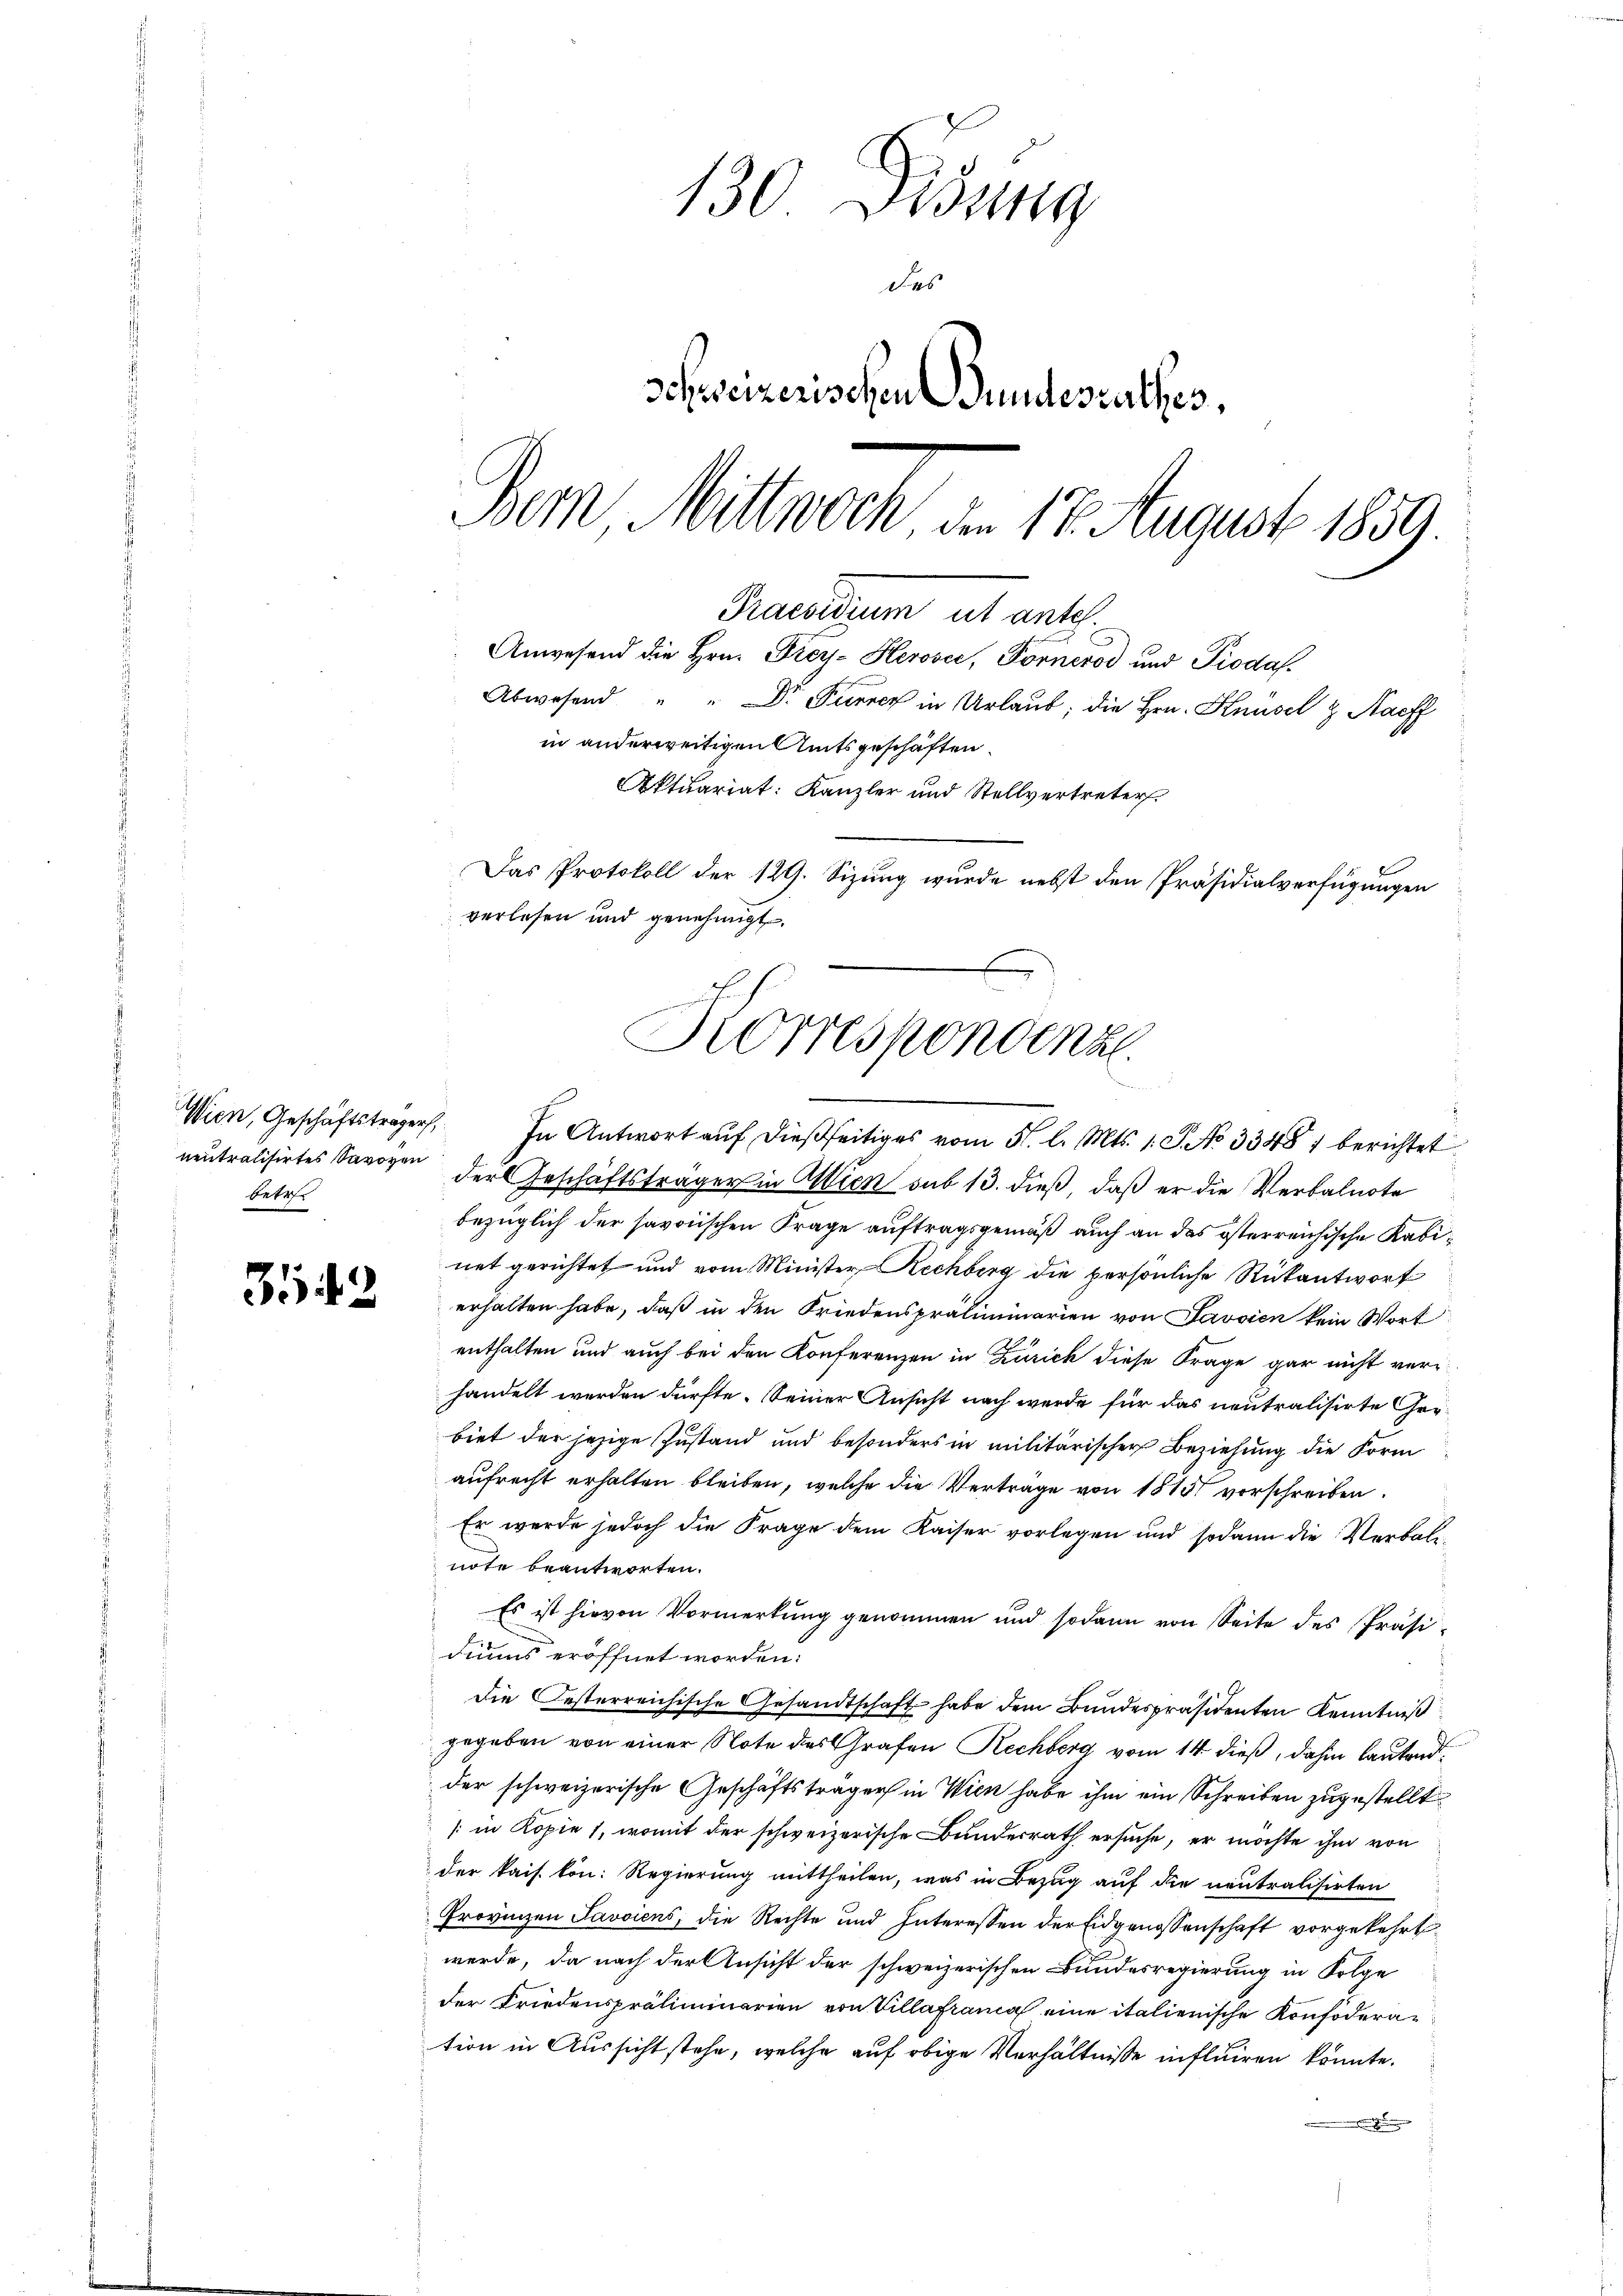
Wien, Geschäftsträger,
betr.

3542

130 Disung
des
Schweizerischen Bundesrathes,
Dem Mittwoch, den 17. August 1859.

Praesidium ut ante.
Anwesend die Hrn. Frey- Herović, Fornerod und Piodaf
Abwesend " " Dr. Purner in Urlaub, die Hrn. Knüsel & Nachf
in anderweitigen Amtsgeschäften.
Aktuariat: Kanzler und Stellvertreter

Das Protokoll der 129. Sizung wurde nebst den Präsidialverfügungen
verlesen und genehmigt.
Korrespondenz.

In Antwort auf dießseitiges vom 5. l. Mts. 1. J. No 33487 berichtet
neutralisirtes Savoyen der Geschäftsträger in Wien sub 13. dieß, daß er die Verbalnote
bezüglich der savoischen Frage auftragsgemäß auch an das österreichische Kabinet gerichtet und vom Minister Rechberg die persönliche Rückantworf
erhalten habe, daß in den Friedenspräliminarien von Javvien kein Wort
enthalten und auch bei den Konferenzen in Zürich diese Frage gar nicht verhandelt werden dürfte. Seiner Ansicht nach werde für das neutralisirte Gerbiet der jezige Zustand und besonders in militärischer Beziehung die Form
aufrecht erhalten bleiben, welche die Verträge von 1815 vorschreiben.
Er werde jedoch die Frage dem Kaiser vorlegen und sodann die Verbalnote beantworten.
Es ist hievon Vormerkung genommen und sodann von Seite des Präsidius eröffnet worden:
Die Oesterreichische Gesandtschaft habe dem Bundespräsidenten Kenntniß
gegeben von einer Note des Grafen Rechberg vom 14. dieß, dahin lautendder schweizerische Geschäftsträger in Wien habe ihm ein Schreiben zugestellte
/:in Kopie 1, womit der schweizerische Bundesrath ersuche, er möchte ihm von
der kais. kön: Regierung mittheilen, was in Bezug auf die neutralisirten
Provinzen Savoiens, die Rechte und Interessen der Eidgenossenschaft vorgekehrt
werde, da nach der Ansicht der schweizerischen Bundesregierung in Folge
der Friedenspräliminarien von Villafranca eine italienische Konföderation in Aussicht stehe, welche auf obige Verhältnisse influiren könnte.
e